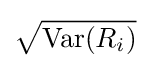
{\sqrt {{\text{Var}}(R_{i})}}